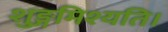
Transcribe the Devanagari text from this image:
शुङ्गमिश्यति।